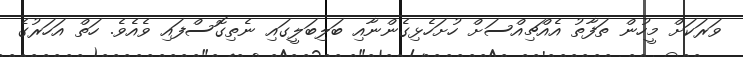
ވަރަކަށް މީހުން ތަފާތު އެއްޗިއްސަށް ހުށަހެޅިގެންނާއި ބަލިބަލީގައި ނެތިގޮސްފައި ވެއެވެ. ހަތް އަހަރުގެ